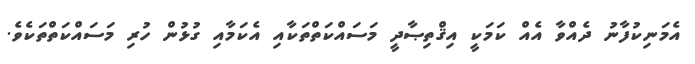
އެމަނިކުފާނު ދެއްވާ އެއް ކަމަކީ އިޤްތިޞާދީ މަސައްކަތްތަކާއި އެކަމާއި ގުޅުން ހުރި މަސައްކަތްތަކެވެ.